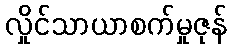
လှိုင်သာယာစက်မှုဇုန်